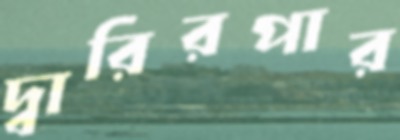
দ্বারিরপার